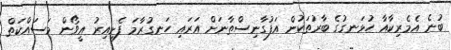
ބުނެ އެމެރިކާއާ ހުޅަނގުގެ ބާރުތަކުން އަފުގާނިސްތާނަށް އަރައި ހަނގުރާމަ ފެށިއިރު އީވޯން މަސައްކަތް